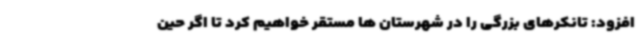
افزود: تانکرهای بزرگی را در شهرستان ها مستقر خواهیم کرد تا اگر حین